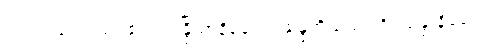
ငါ့ရှင်။ တေ၊ သင်၏။ ဣန္ဒြိယာနိခေါ၊ ဣန္ဒြေတို့သည်။ ဝိပ္ပသန္နာနိခေါ၊